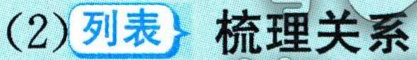
(2)列表 梳理关系